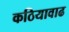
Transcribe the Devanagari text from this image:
कठियावाढ